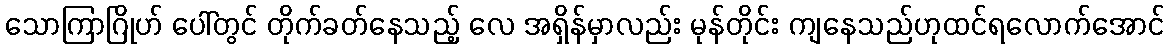
သောကြာဂြိုဟ် ပေါ်တွင် တိုက်ခတ်နေသည့် လေ အရှိန်မှာလည်း မုန်တိုင်း ကျနေသည်ဟုထင်ရလောက်အောင်